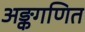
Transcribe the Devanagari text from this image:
अङ्कगणित